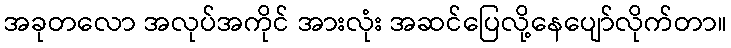
အခုတလော အလုပ်အကိုင် အားလုံး အဆင်ပြေလို့နေပျော်လိုက်တာ။